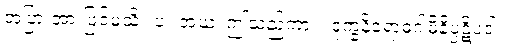
အပြားအားဖြင့်မသိ။ ပ။ အယံ၊ ဤသည်ကား။ ဒုက္ခနိရောဓဂါမိနိပ္ပဋိပဒါ၊